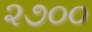
૨૭૦૦